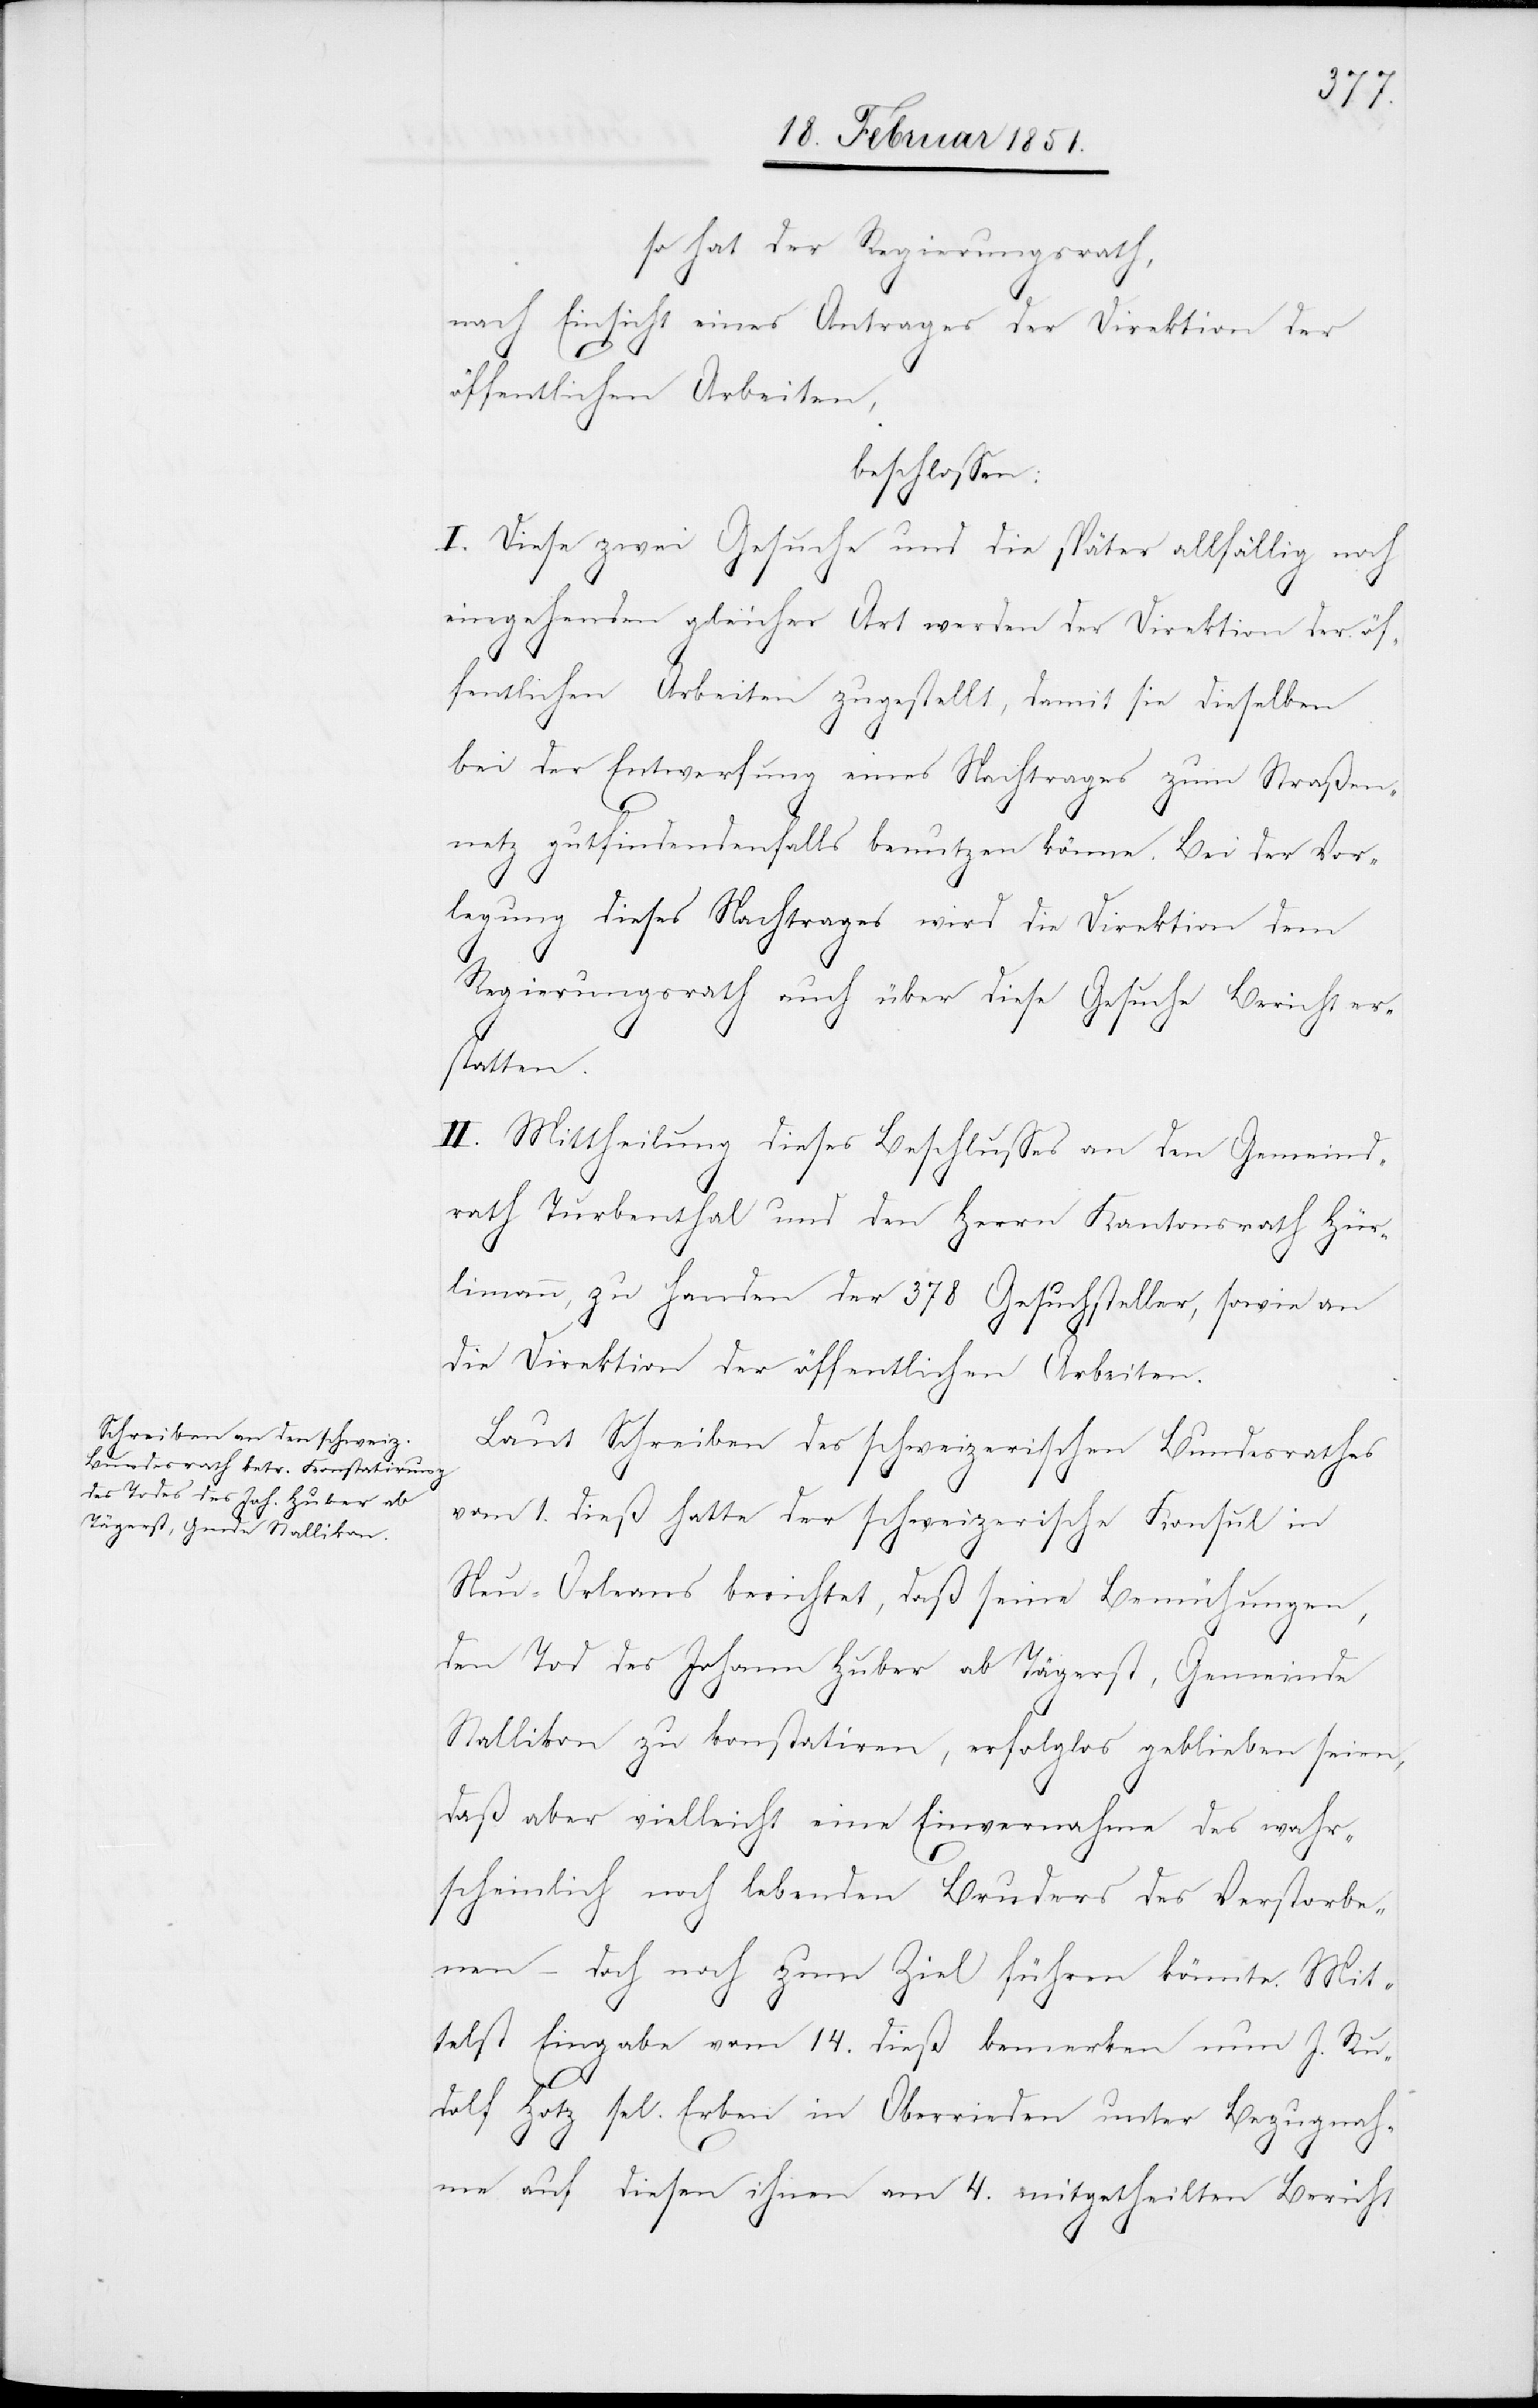
so hat der Regierungsrath,
nach Einsicht eines Antrages der Direktion der
öffentlichen Arbeiten,
beschlossen:
I. Diese zwei Gesuche und die später allfällig noch
eingehenden gleicher Art werden der Direktion der öf¬
fentlichen Arbeiten zugestellt, damit sie dieselben
bei der Entwerfung eines Nachtrages zum Straßen¬
netz gutfindendenfalls benutzen könne. Bei der Vor¬
legung dieses Nachtrages wird die Direktion dem
Regierungsrath auch über diese Gesuche Bericht er¬
statten.
II. Mittheilung dieses Beschlusses an den Gemeind¬
rath Turbenthal und den Herrn Kantonsrath Hür¬
limann, zu Handen der 378 Gesuchsteller, sowie an
die Direktion der öffentlichen Arbeiten.
Laut Schreiben des schweizerischen Bundesrathes
vom 1. dieß hatte der schweizerische Konsul in
Neu-Orleans berichtet, daß seine Bemühungen,
den Tod des Johann Huber ab Tägerst, Gemeinde
Stallikon zu konstatiren, erfolglos geblieben seien,
daß aber vielleicht eine Einvernahme des wahr¬
scheinlich noch lebenden Bruders des Verstorbe¬
nen – doch noch zum Ziel führen könnte. Mit¬
telst Eingabe vom 14. dieß bemerken nun J. Ru¬
dolf Hotz sel. Erben in Oberrieden unter Bezugnah¬
me auf diesen ihnen am 4. mitgetheilten Bericht